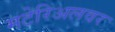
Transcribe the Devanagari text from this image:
मटेरिअलवर